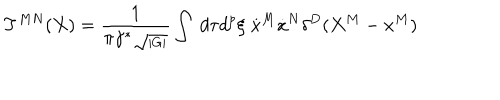
T ^ { M N } ( X ) = { \frac { 1 } { \pi \gamma ^ { \ast } \sqrt { _ { | G | } } } } \int ~ d \tau d ^ { p } \xi \; \dot { x } ^ { M } \dot { x } ^ { N } \delta ^ { D } ( X ^ { M } - x ^ { M } )